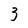
Character: 3